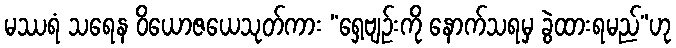
မဿရံ သရေန ဝိယောဇယေသုတ်ကား “ရှေ့ဗျဉ်းကို နောက်သရမှ ခွဲထားရမည်”ဟု